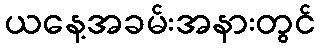
ယနေ့အခမ်းအနားတွင်